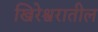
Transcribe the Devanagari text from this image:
खिरेश्वरातील